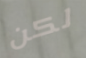
لكن